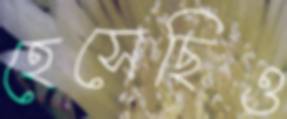
হেসেছিও